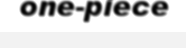
one-piece